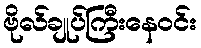
ဗိုလ်ချုပ်ကြီးနေဝင်း